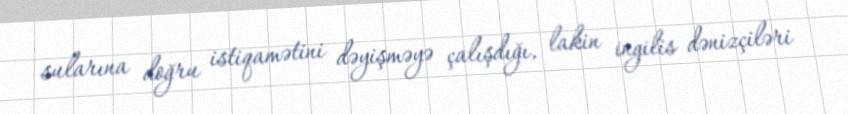
sularına doğru istiqamətini dəyişməyə çalışdığı, lakin ingilis dənizçiləri